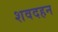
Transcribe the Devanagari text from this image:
शवदहन